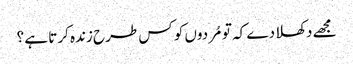
مجھے دکھلا دے کہ تو مُردوں کو کس طرح زندہ کرتا ہے ؟